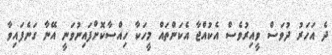
ދެ އަހަރު ދުވަސް ވީއިރުވެސް އެކުއްޖާ އެކަންތައް މީހަކާ ހިއްސާކޮށްފައިނުވަނީ އޭނާ ގަނެފައިވާ